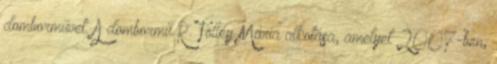
domborművet. A dombormű R. Tölley Mária alkotása, amelyet 2007-ben,